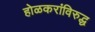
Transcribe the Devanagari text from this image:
होळकरांविरुद्ध